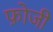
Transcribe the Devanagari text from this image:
फ़ोजी